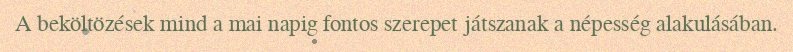
A beköltözések mind a mai napig fontos szerepet játszanak a népesség alakulásában.